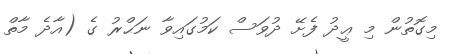
މިގޮތުން މި ޢީދު ފެށޭ ދުވަސް ކަމުގައިވާ ނަޙްރު ގެ (އާދެ މާތް